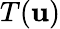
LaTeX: T(\mathbf{u})